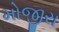
મોજીરા